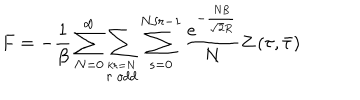
F = - \frac { 1 } { \beta } \sum _ { N = 0 } ^ { \infty } \sum _ { \stackrel { k r = N } { r \ o d d } } \sum _ { s = 0 } ^ { N / r - 1 } \frac { e ^ { - \frac { N \beta } { \sqrt { 2 } R } } } { N } Z \left( \tau , \bar { \tau } \right)